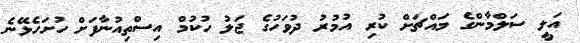
އަލީ ސަލްމާންގެ މައްޗަށް ކުރި އުމުރު ދުވަހުގެ ޖަލު ހުކުމް އިސްތިއުނާފަށް ހުށަހެޅޭނެ